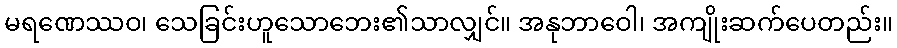
မရဏေဿဝ၊ သေခြင်းဟူသောဘေး၏သာလျှင်။ အနုဘာဝေါ၊ အကျိုးဆက်ပေတည်း။